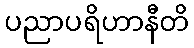
ပညာပရိဟာနီတိ